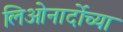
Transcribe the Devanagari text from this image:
लिओनार्दोच्या